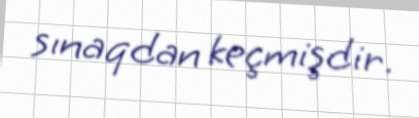
sınaqdan keçmişdir.